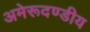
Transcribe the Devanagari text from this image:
अमेरूदण्डीय